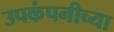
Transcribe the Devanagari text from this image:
उपकंपनीच्या